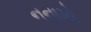
નનામો